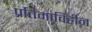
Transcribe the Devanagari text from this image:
प्रतिमाविहीन